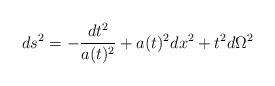
LaTeX: \begin{align*}ds^2=-\frac{dt^2}{a(t)^2}+a(t)^2dx^2+t^2d\Omega^2\end{align*}